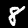
Digit: 8